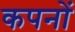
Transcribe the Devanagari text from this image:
कपनों